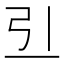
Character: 𠀓